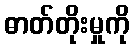
ဓာတ်တိုးမှုကို